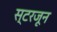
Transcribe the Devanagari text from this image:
स्टरजून